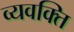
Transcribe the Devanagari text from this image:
व्यवक्ति